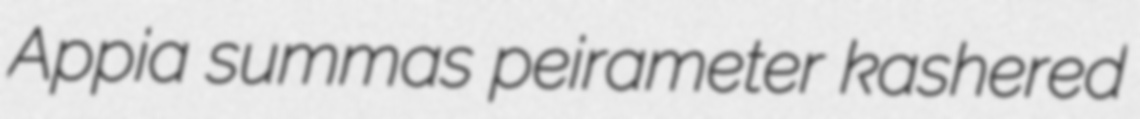
Appia summas peirameter kashered